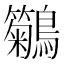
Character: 𪇢